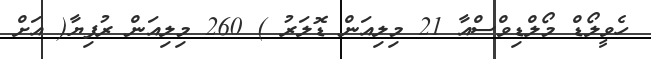
ހެވީލޯޑް މޯލްޑިވްސްއާ 21 މިލިއަން ޑޮލަރު ) 260 މިލިއަން ރުފިޔާ( އަށް